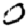
Digit: 0